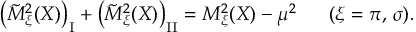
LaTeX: \left( \tilde { M } _ { \xi } ^ { 2 } ( X ) \right) _ { \mathrm { \scriptsize { I } } } + \left( \tilde { M } _ { \xi } ^ { 2 } ( X ) \right) _ { \mathrm { \scriptsize { I I } } } = M _ { \xi } ^ { 2 } ( X ) - \mu ^ { 2 } \; \; \; \; \; \; ( \xi = \pi , \, \sigma ) .